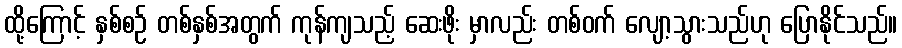
ထို့ကြောင့် နှစ်စဉ် တစ်နှစ်အတွက် ကုန်ကျသည့် ဆေးဖိုး မှာလည်း တစ်ဝက် လျော့သွားသည်ဟု ပြောနိုင်သည်။